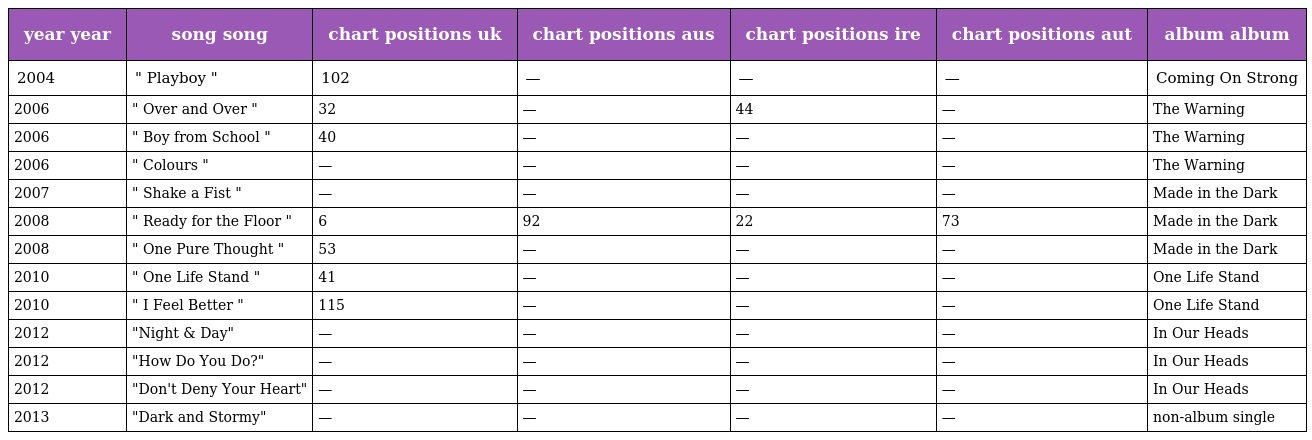
| year year | song song | chart positions uk | chart positions aus | chart positions ire | chart positions aut | album album |
 | --- | --- | --- | --- | --- | --- | --- |
 | 2004 | " Playboy " | 102 | — | — | — | Coming On Strong |
 | 2006 | " Over and Over " | 32 | — | 44 | — | The Warning |
 | 2006 | " Boy from School " | 40 | — | — | — | The Warning |
 | 2006 | " Colours " | — | — | — | — | The Warning |
 | 2007 | " Shake a Fist " | — | — | — | — | Made in the Dark |
 | 2008 | " Ready for the Floor " | 6 | 92 | 22 | 73 | Made in the Dark |
 | 2008 | " One Pure Thought " | 53 | — | — | — | Made in the Dark |
 | 2010 | " One Life Stand " | 41 | — | — | — | One Life Stand |
 | 2010 | " I Feel Better " | 115 | — | — | — | One Life Stand |
 | 2012 | "Night & Day" | — | — | — | — | In Our Heads |
 | 2012 | "How Do You Do?" | — | — | — | — | In Our Heads |
 | 2012 | "Don't Deny Your Heart" | — | — | — | — | In Our Heads |
 | 2013 | "Dark and Stormy" | — | — | — | — | non-album single |